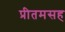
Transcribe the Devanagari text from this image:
प्रीतमसह